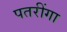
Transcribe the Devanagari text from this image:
पतरींगा